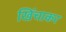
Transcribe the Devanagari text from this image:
खिंचाकर